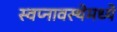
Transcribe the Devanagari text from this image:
स्वप्नावस्थेमध्ये